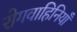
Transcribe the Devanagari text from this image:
रोगवाहिनियाँ